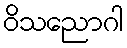
ဝိသညောဂါ